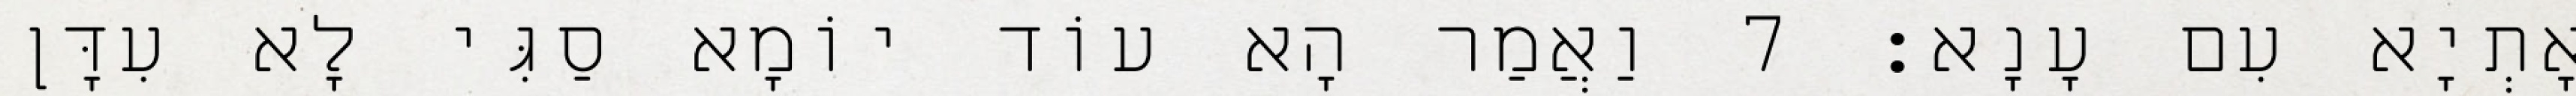
אָתְיָא עִם עָנָא׃ 7 וַאֲמַר הָא עוֹד יוֹמָא סַגִּי לָא עִדָּן